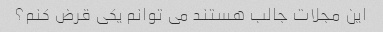
این مجلات جالب هستند می توانم یکی قرض کنم؟